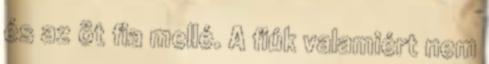
és az öt fia mellé. A fiúk valamiért nem